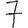
Digit: 7